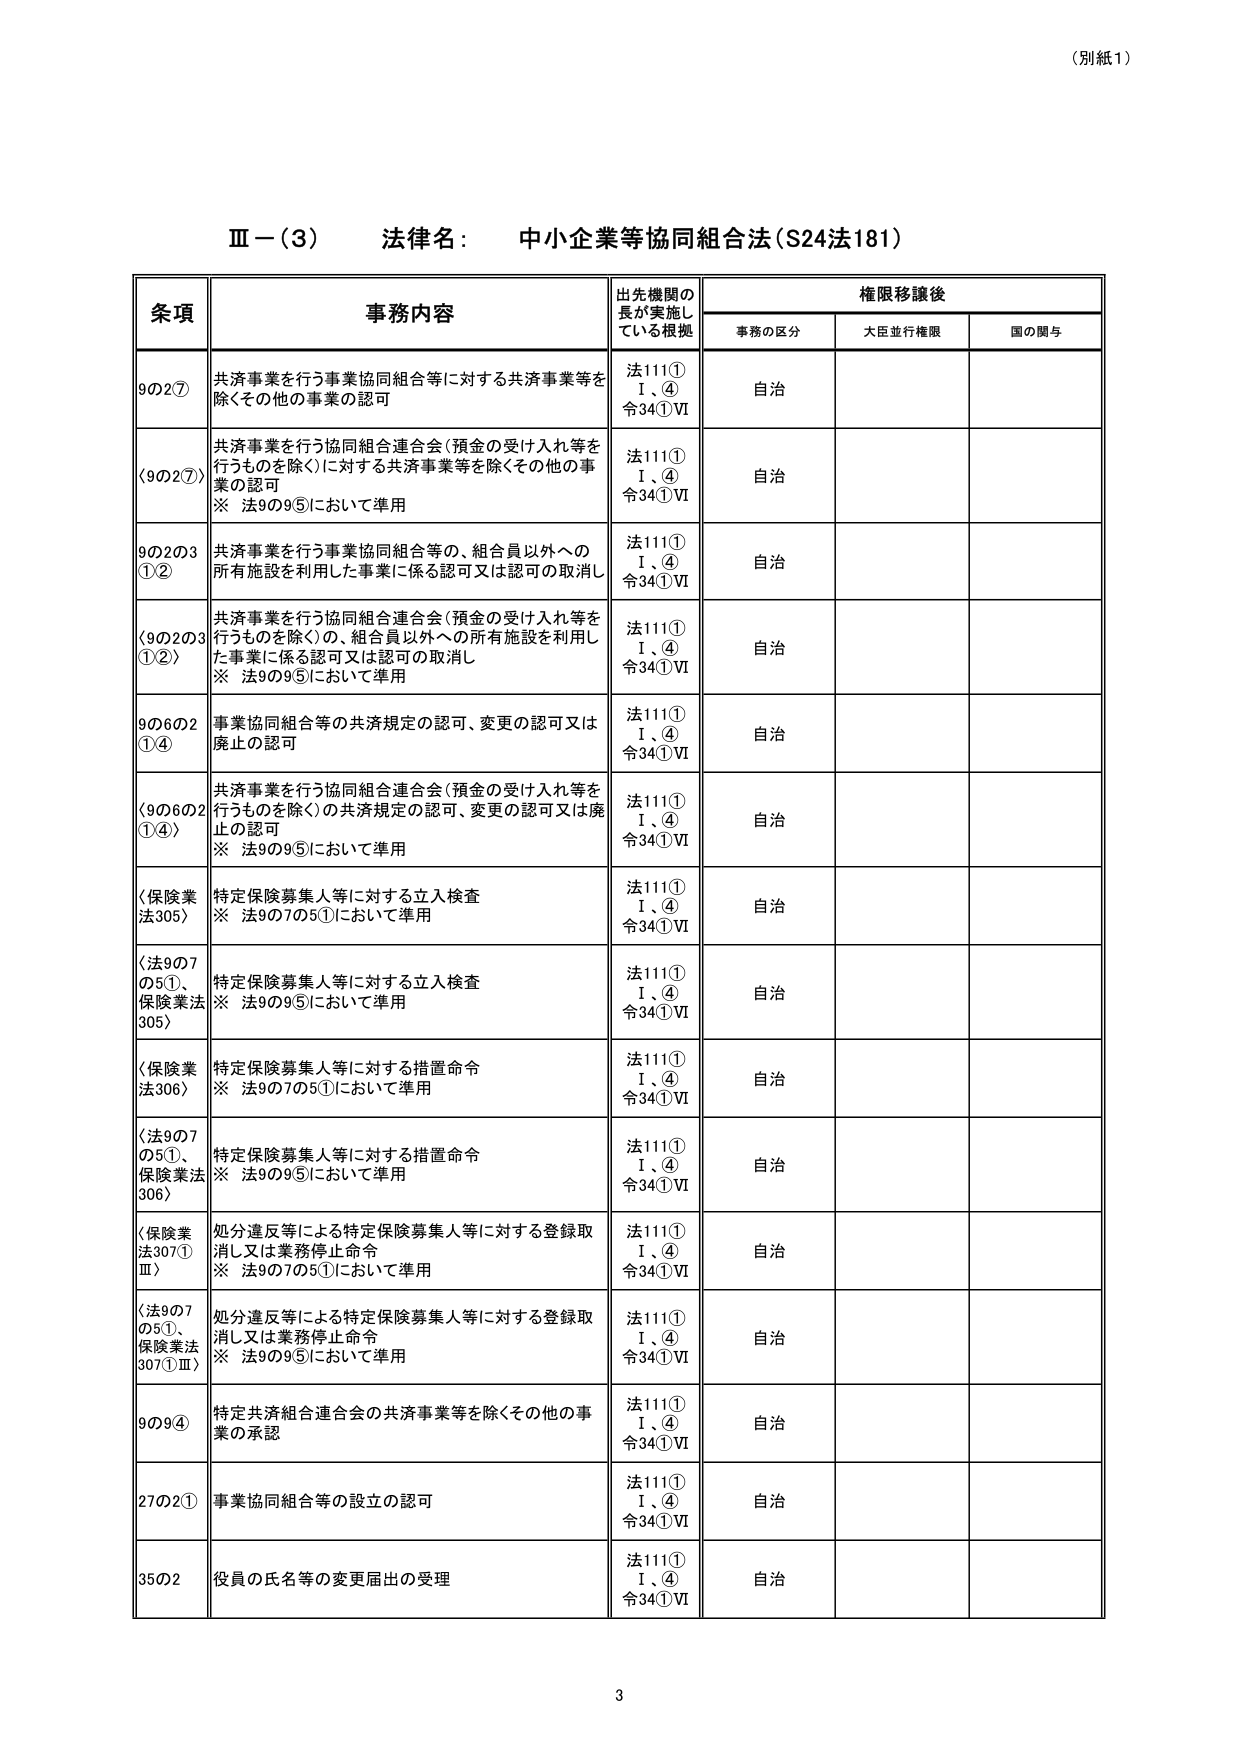
（別紙1）

Ⅲ－（3） 法律名： 中小企業等協同組合法（S24法181）

条項 事務内容 出先機関の長が実施している根拠 権限移譲後